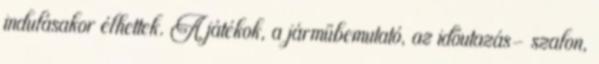
indulásakor élhettek. A játékok, a járműbemutató, az időutazás- szalon,